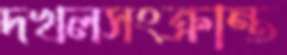
দখলসংক্রান্ত